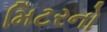
મિટરનો